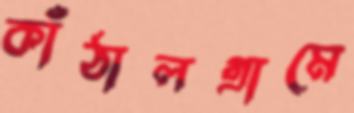
কাঁঠালগ্রামে